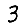
Digit: 3